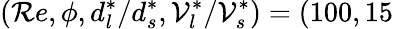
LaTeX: \left(\mathcal{R}e,\phi,d_{l}^{*}/d_{s}^{*},\mathcal{V}_{l}^{*}/\mathcal{V}_{s}^{*}\right)=(100,15